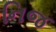
નિજ